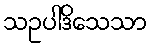
သဥပါဒိသေသာ